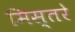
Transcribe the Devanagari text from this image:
मिस्तरे